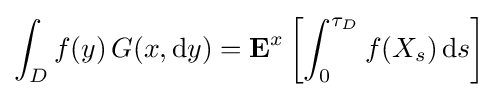
\int _{D}f(y)\,G(x,\mathrm {d} y)=\mathbf {E} ^{x}\left[\int _{0}^{\tau _{D}}f(X_{s})\,\mathrm {d} s\right]